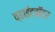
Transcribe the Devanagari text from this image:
व्हाईटवॉटर